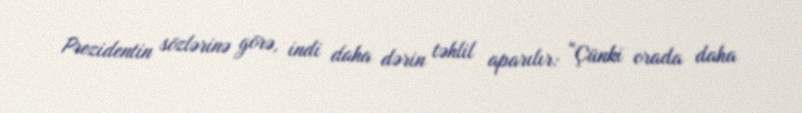
Prezidentin sözlərinə görə, indi daha dərin təhlil aparılır: “Çünki orada daha